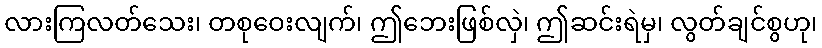
လားကြလတ်သေး၊ တစုဝေးလျက်၊ ဤဘေးဖြစ်လှဲ၊ ဤဆင်းရဲမှ၊ လွတ်ချင်စွဟု၊